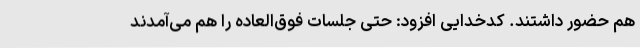
هم حضور داشتند. کدخدایی افزود: حتی جلسات فوق‌العاده را هم می‌آمدند